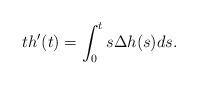
LaTeX: \begin{align*}th'(t)=\int_0^ts\Delta h(s)ds.\end{align*}